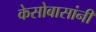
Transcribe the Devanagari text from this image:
केसोबासांनी